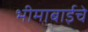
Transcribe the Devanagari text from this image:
भीमाबाईचे